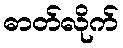
ဓာတ်လိုက်